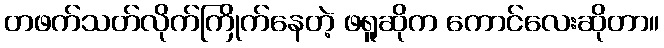
တဖက်သတ်လိုက်ကြိုက်နေတဲ့ ဖရူဆိုက ကောင်လေးဆိုတာ။